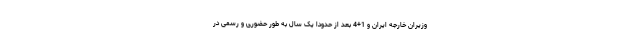
وزیران خارجه ایران و 1+4 بعد از حدودا یک سال به طور حضوری و رسمی در